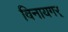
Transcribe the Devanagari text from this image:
विनायगर्